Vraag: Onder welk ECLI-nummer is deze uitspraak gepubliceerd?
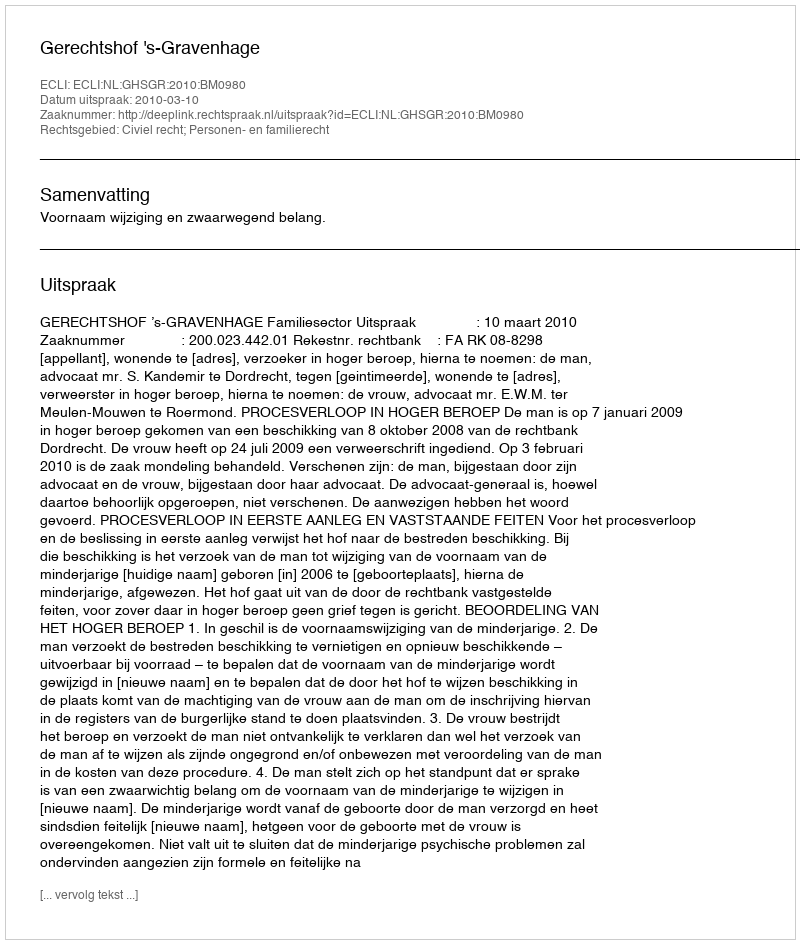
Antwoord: ECLI:NL:GHSGR:2010:BM0980